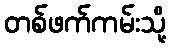
တစ်ဖက်ကမ်းသို့